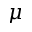
\mu